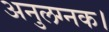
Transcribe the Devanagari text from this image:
अनुलग्नक।